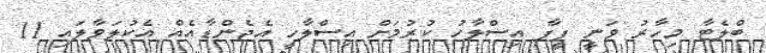
ބްލެޓާ މިހާރު ވަނީ ފީފާ އިސްލާހު ކުރުމަށް އިސްލާހީ އެޖެންޑާއެއް އެކުލަވާލައި 11